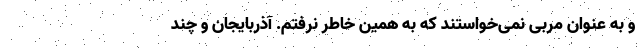
و به عنوان مربی نمی‌خواستند که به همین خاطر نرفتم. آذربایجان و چند